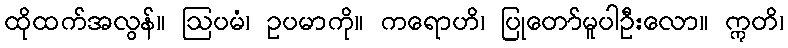
ထိုထက်အလွန်။ ဩပမံ၊ ဥပမာကို။ ကရောဟိ၊ ပြုတော်မူပါဦးလော။ ဣတိ၊